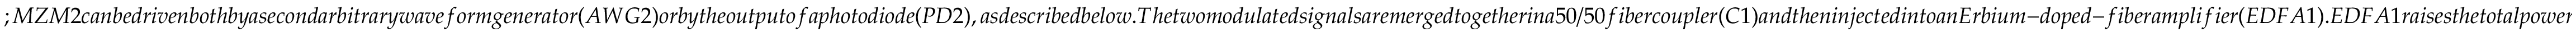
; M Z M 2 c a n b e d r i v e n b o t h b y a s e c o n d a r b i t r a r y w a v e f o r m g e n e r a t o r ( A W G 2 ) o r b y t h e o u t p u t o f a p h o t o d i o d e ( P D 2 ) , a s d e s c r i b e d b e l o w . T h e t w o m o d u l a t e d s i g n a l s a r e m e r g e d t o g e t h e r i n a 5 0 / 5 0 f i b e r c o u p l e r ( C 1 ) a n d t h e n i n j e c t e d i n t o a n E r b i u m - d o p e d - f i b e r a m p l i f i e r ( E D F A 1 ) . E D F A 1 r a i s e s t h e t o t a l p o w e r t o